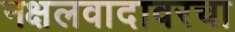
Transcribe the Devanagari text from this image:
नक्षलवादावरचा